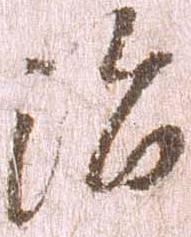
治